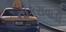
નાકરાવાડી